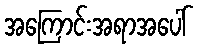
အကြောင်းအရာအပေါ်